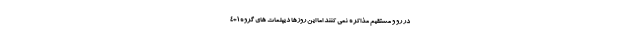
در رو و مستقیم مذاکره نمی کنند اما این روزها دیپلمات های گروه 1+4